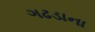
ગઢડાના